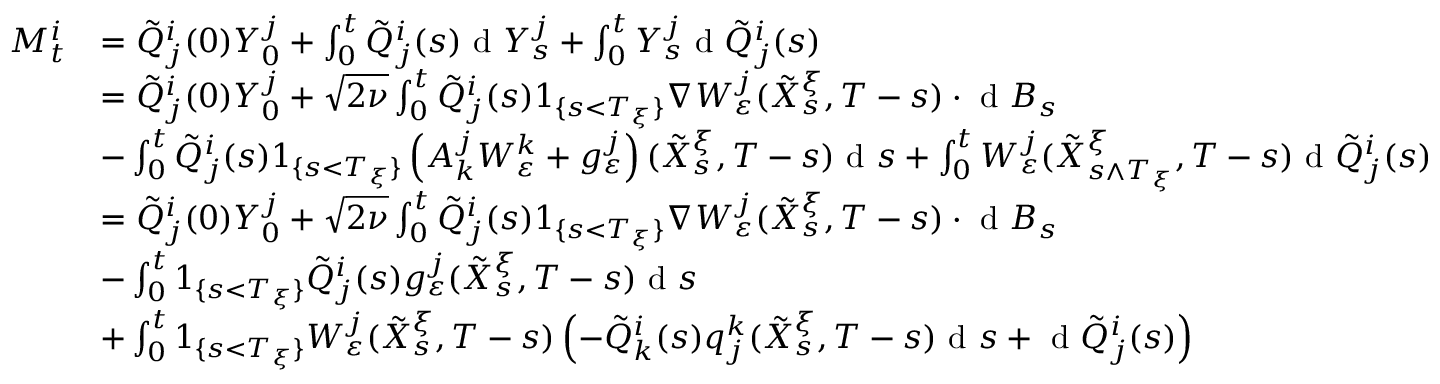
\begin{array} { r l } { M _ { t } ^ { i } } & { = \tilde { Q } _ { j } ^ { i } ( 0 ) Y _ { 0 } ^ { j } + \int _ { 0 } ^ { t } \tilde { Q } _ { j } ^ { i } ( s ) \textrm { d } Y _ { s } ^ { j } + \int _ { 0 } ^ { t } Y _ { s } ^ { j } \textrm { d } \tilde { Q } _ { j } ^ { i } ( s ) } \\ & { = \tilde { Q } _ { j } ^ { i } ( 0 ) Y _ { 0 } ^ { j } + \sqrt { 2 \nu } \int _ { 0 } ^ { t } \tilde { Q } _ { j } ^ { i } ( s ) 1 _ { \{ s < T _ { \xi } \} } \nabla W _ { \varepsilon } ^ { j } ( \tilde { X } _ { s } ^ { \xi } , T - s ) \cdot \textrm { d } B _ { s } } \\ & { - \int _ { 0 } ^ { t } \tilde { Q } _ { j } ^ { i } ( s ) 1 _ { \{ s < T _ { \xi } \} } \left( A _ { k } ^ { j } W _ { \varepsilon } ^ { k } + g _ { \varepsilon } ^ { j } \right) ( \tilde { X } _ { s } ^ { \xi } , T - s ) \textrm { d } s + \int _ { 0 } ^ { t } W _ { \varepsilon } ^ { j } ( \tilde { X } _ { s \wedge T _ { \xi } } ^ { \xi } , T - s ) \textrm { d } \tilde { Q } _ { j } ^ { i } ( s ) } \\ & { = \tilde { Q } _ { j } ^ { i } ( 0 ) Y _ { 0 } ^ { j } + \sqrt { 2 \nu } \int _ { 0 } ^ { t } \tilde { Q } _ { j } ^ { i } ( s ) 1 _ { \{ s < T _ { \xi } \} } \nabla W _ { \varepsilon } ^ { j } ( \tilde { X } _ { s } ^ { \xi } , T - s ) \cdot \textrm { d } B _ { s } } \\ & { - \int _ { 0 } ^ { t } 1 _ { \{ s < T _ { \xi } \} } \tilde { Q } _ { j } ^ { i } ( s ) g _ { \varepsilon } ^ { j } ( \tilde { X } _ { s } ^ { \xi } , T - s ) \textrm { d } s } \\ & { + \int _ { 0 } ^ { t } 1 _ { \{ s < T _ { \xi } \} } W _ { \varepsilon } ^ { j } ( \tilde { X } _ { s } ^ { \xi } , T - s ) \left( - \tilde { Q } _ { k } ^ { i } ( s ) q _ { j } ^ { k } ( \tilde { X } _ { s } ^ { \xi } , T - s ) \textrm { d } s + \textrm { d } \tilde { Q } _ { j } ^ { i } ( s ) \right) } \end{array}